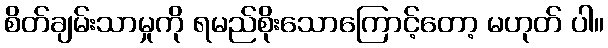
စိတ်ချမ်းသာမှုကို ရမည်စိုးသောကြောင့်တော့ မဟုတ် ပါ။